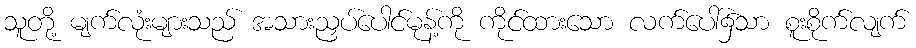
သူတို့ မျက်လုံးများသည် အသားညှပ်ပေါင်မုန့်ကို ကိုင်ထားသော လက်ပေါ်၌သာ စူးစိုက်လျက်